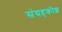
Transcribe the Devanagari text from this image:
संग्रहकोश